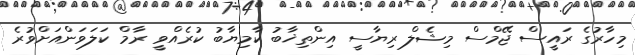
މިހާރުގެ ރައީސް ޖޭމްސް މިޝެލް ރިޔާސީ އިންތިޚާބު ކާމިޔާބު ކުރެއްވީ ރާމް ކަލަވަންއަށްވުރެ